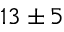
1 3 \pm 5